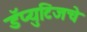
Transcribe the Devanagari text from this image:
डॅप्युटिजचे